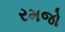
રમજો